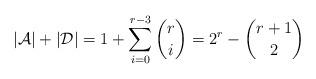
LaTeX: \begin{align*} |\mathcal{A}| + |\mathcal{D}| = 1+\sum_{i=0}^{r-3}\binom{r}{i}=2^r-\binom{r+1}{2} \end{align*}